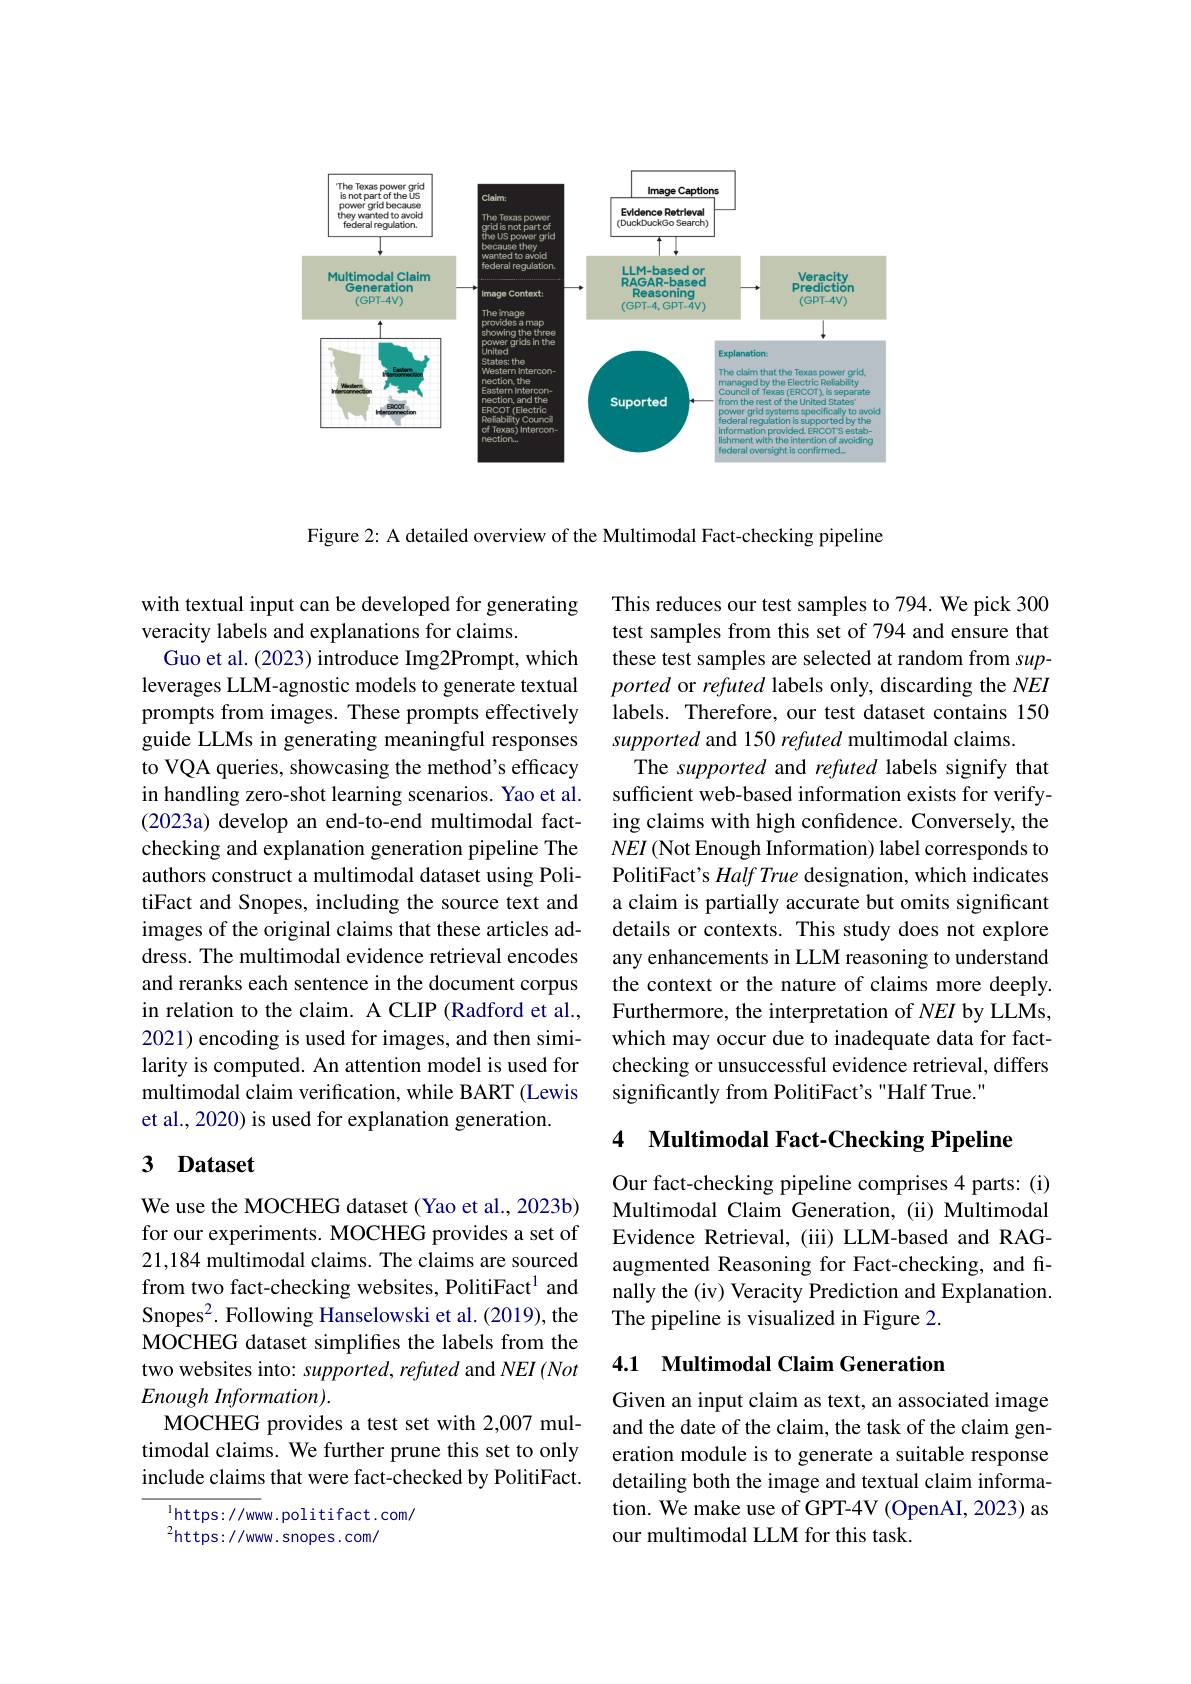
<FigureHere>

Figure 2: A detailed overview of the Multimodal Fact-checking pipeline

with textual input can be developed for generating
veracity labels and explanations for claims.
Guo et al. (2023) introduce Img2Prompt, which leverages LLM-agnostic models to generate textual prompts from images. These prompts effectively guide LLMs in generating meaningful responses to VQA queries, showcasing the method's efficacy in handling zero-shot learning scenarios. Yao et al. (2023a) develop an end-to-end multimodal factchecking and explanation generation pipeline The authors construct a multimodal dataset using PolitiFact and Snopes, including the source text and images of the original claims that these articles address. The multimodal evidence retrieval encodes and reranks each sentence in the document corpus in relation to the claim. A CLIP (Radford et al., 2021) encoding is used for images, and then similarity is computed. An attention model is used for multimodal claim verification, while BART (Lewis et al., 2020) is used for explanation generation.

## 3 Dataset

We use the MOCHEG dataset (Yao et al., 2023b) for our experiments. MOCHEG provides a set of 21,184 multimodal claims. The claims are sourced from two fact-checking websites, PolitiFact$^1$ and Snopes$^{2}.$ Following Hanselowski et al.(2019), the MOCHEG dataset simplifies the labels from the two websites into: supported, refuted and NEI (Not $Enough\textit{Information}) .$
MOCHEG provides a test set with 2,007 multimodal claims. We further prune this set to only include claims that were fact-checked by PolitiFact.

$^{1}$https://www.politifact.com/
$^{2}$https://www.snopes.com/

This reduces our test samples to 794. We pick 300 test samples from this set of 794 and ensure that these test samples are selected at random from supported or refuted labels only, discarding the NEI labels. Therefore, our test dataset contains 150 supported and 150 refuted multimodal claims.
The supported and refuted labels signify that sufficient web-based information exists for verifying claims with high confdence. Conversely, the NEI (Not Enough Information) label corresponds to PolitiFact's $Half\textit{True designation, which indicates}$ a claim is partially accurate but omits significant details or contexts. This study does not explore any enhancements in LLM reasoning to understand the context or the nature of claims more deeply. Furthermore, the interpretation of NEI by LLMs, which may occur due to inadequate data for factchecking or unsuccessful evidence retrieval, differs significantly from PolitiFact's "Half True."

## 4 Multimodal Fact-Checking Pipeline

Our fact-checking pipeline comprises 4 parts: (i) Multimodal Claim Generation, (ii) Multimodal Evidence Retrieval, (iii) LLM-based and RAGaugmented Reasoning for Fact-checking, and finally the (iv) Veracity Prediction and Explanation. The pipeline is visualized in Figure 2.

## 4.1 Multimodal Claim Generation

Given an input claim as text, an associated image and the date of the claim, the task of the claim generation module is to generate a suitable response detailing both the image and textual claim information. We make use of GPT-4V (OpenAI, 2023) as our multimodal LLM for this task.